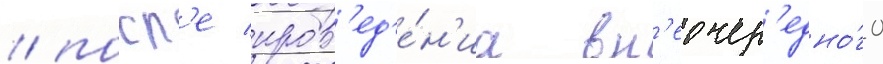
/ посл'е пров'ед'е́н'иа вн'еочер'едно́го